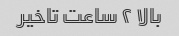
بالا ۲ ساعت تاخیر